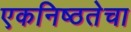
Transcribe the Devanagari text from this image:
एकनिष्ठतेचा